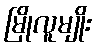
မြိုလူမျိုး